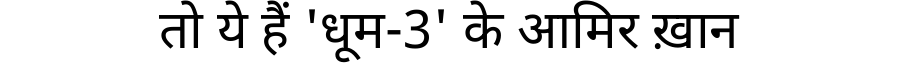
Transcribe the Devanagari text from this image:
तो ये हैं 'धूम-3' के आमिर ख़ान